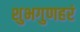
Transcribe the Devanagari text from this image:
शुभगुणहरं